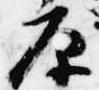
原